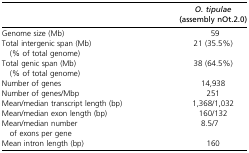
|  | O. tipulae (assembly nOt.2.0) |
 | --- | --- |
 | Genome size (Mb) | 59 |
 | Total intergenic span (Mb) (% of total genome) | 21 (35.5%) |
 | Total genic span (Mb) (% of total genome) | 38 (64.5%) |
 | Number of genes | 14,938 |
 | Number of genes/Mbp | 251 |
 | Mean/median transcript length (bp) | 1,368/1,032 |
 | Mean/median exon length (bp) | 160/132 |
 | Mean/median number of exons per gene | 8.5/7 |
 | Mean intron length (bp) | 160 |